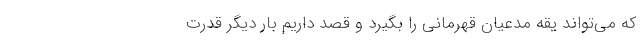
که می‌تواند یقه مدعیان قهرمانی را بگیرد و قصد داریم بار دیگر قدرت